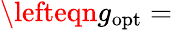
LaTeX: \begin{array}{rl}{\lefteqn{g_{\mathrm{opt}}=}}\end{array}